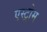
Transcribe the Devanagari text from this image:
एस्ट्रोम